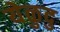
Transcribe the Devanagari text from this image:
येळुदु